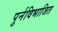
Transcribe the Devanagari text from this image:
पुर्नविभाजित